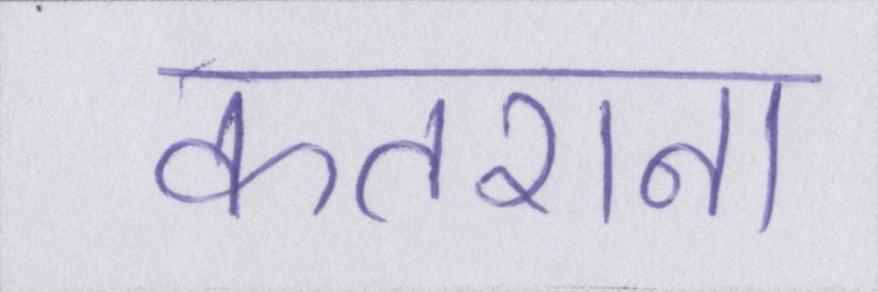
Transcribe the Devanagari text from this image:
कतराना